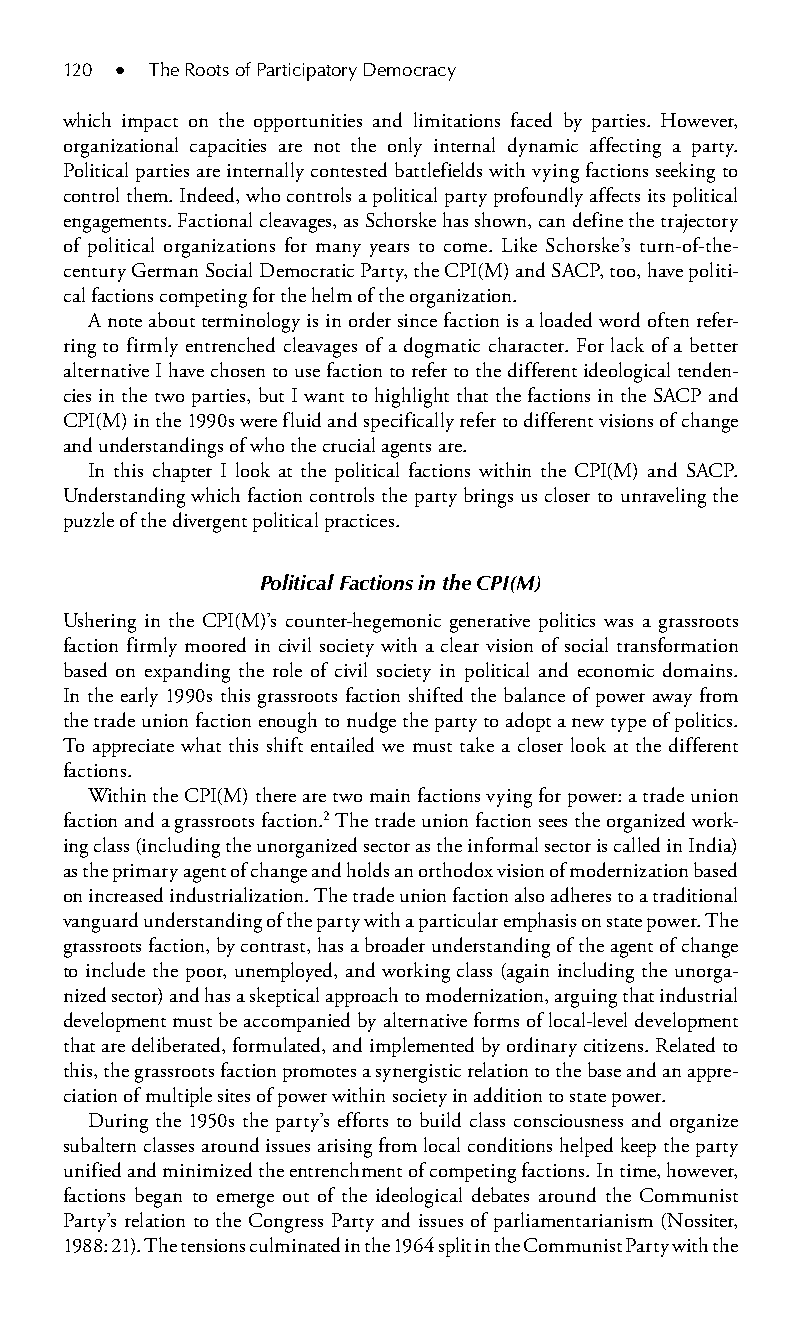
120 ● The Roots of Participatory Democracy
 which impact on the opportunities and limitations faced by parties. However,
 organizational capacities are not the only internal dynamic affecting a party.
 Political parties are internally contested battlefields with vying factions seeking to
 control them. Indeed, who controls a political party profoundly affects its political
 engagements. Factional cleavages, as Schorske has shown, can define the trajectory
 of political organizations for many years to come. Like Schorske’s turn-of-the-
 century German Social Democratic Party, the CPI(M) and SACP, too, have politi-
 cal factions competing for the helm of the organization.
 A note about terminology is in order since faction is a loaded word often refer-
 ring to firmly entrenched cleavages of a dogmatic character. For lack of a better
 alternative I have chosen to use faction to refer to the different ideological tenden-
 cies in the two parties, but I want to highlight that the factions in the SACP and
 CPI(M) in the 1990s were fluid and specifically refer to different visions of change
 and understandings of who the crucial agents are.
 In this chapter I look at the political factions within the CPI(M) and SACP.
 Understanding which faction controls the party brings us closer to unraveling the
 puzzle of the divergent political practices.
 Political Factions in the CPI(M)
 Ushering in the CPI(M)’s counter-hegemonic generative politics was a grassroots
 faction firmly moored in civil society with a clear vision of social transformation
 based on expanding the role of civil society in political and economic domains.
 In the early 1990s this grassroots faction shifted the balance of power away from
 the trade union faction enough to nudge the party to adopt a new type of politics.
 To appreciate what this shift entailed we must take a closer look at the different
 factions.
 Within the CPI(M) there are two main factions vying for power: a trade union
 faction and a grassroots faction.2 The trade union faction sees the organized work-
 ing class (including the unorganized sector as the informal sector is called in India)
 as the primary agent of change and holds an orthodox vision of modernization based
 on increased industrialization. The trade union faction also adheres to a traditional
 vanguard understanding of the party with a particular emphasis on state power. The
 grassroots faction, by contrast, has a broader understanding of the agent of change
 to include the poor, unemployed, and working class (again including the unorga-
 nized sector) and has a skeptical approach to modernization, arguing that industrial
 development must be accompanied by alternative forms of local-level development
 that are deliberated, formulated, and implemented by ordinary citizens. Related to
 this, the grassroots faction promotes a synergistic relation to the base and an appre-
 ciation of multiple sites of power within society in addition to state power.
 During the 1950s the party’s efforts to build class consciousness and organize
 subaltern classes around issues arising from local conditions helped keep the party
 unified and minimized the entrenchment of competing factions. In time, however,
 factions began to emerge out of the ideological debates around the Communist
 Party’s relation to the Congress Party and issues of parliamentarianism (Nossiter,
 1988: 21). The tensions culminated in the 1964 split in the Communist Party with the
 99778800223300660066440011ttss0099..iinndddd 112200 33//2255//22000088 99::2200::3344 AAMM